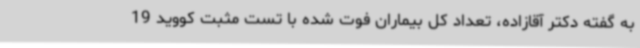
به گفته دکتر آقازاده، تعداد کل بیماران فوت شده با تست مثبت کووید 19